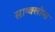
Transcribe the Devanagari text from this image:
साय्क्लोप्स